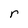
Character: r